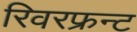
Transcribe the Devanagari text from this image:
रिवरफ्रन्ट